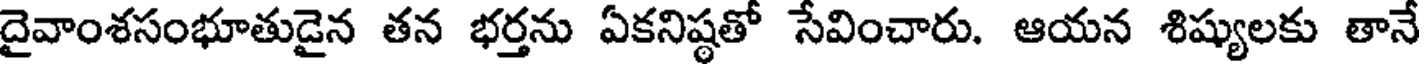
దైవాంశసంభూతుడైన తన భర్తను ఏకనిష్ఠతో సేవించారు. ఆయన శిష్యులకు తానే